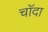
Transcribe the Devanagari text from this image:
चाॅदा